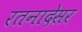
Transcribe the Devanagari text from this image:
रतनादेसर